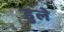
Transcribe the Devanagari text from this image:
डुले